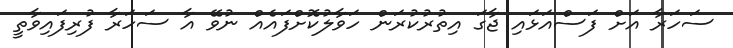
ސަހަރާ އަށް ފަސްއަޅައި ޖާގަ އިތުރުކުރަން ހަވާލުކޮށްފައެއް ނުވޭ އާ ސަހަރާ ފުރިފައިވާތީ